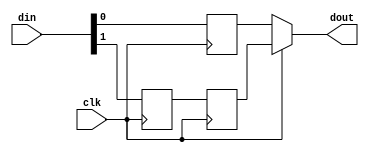

//--------------------------------------------------------------------------------------------------------
// Module  : hdmi_tddr
// Type    : synthesizable, IP's sub module
// Standard: Verilog 2001 (IEEE1364-2001)
// Function: ODDR for hdmi_tx_top.v
//--------------------------------------------------------------------------------------------------------

module hdmi_tddr (
    input  wire       clk,
    input  wire [1:0] din,
    output wire       dout
);

reg d0, d1, d1r;

always @ (posedge clk) {d1, d0} <= din;

always @ (negedge clk) d1r <= d1;

assign dout = clk ? d1r : d0;

endmodule